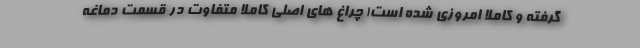
گرفته و کاملا امروزی شده است! چراغ های اصلی کاملا متفاوت در قسمت دماغه